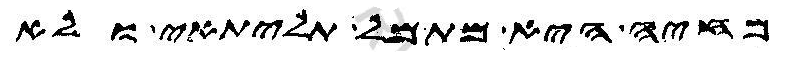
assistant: מחיה היא מתמל תליתאי ולא